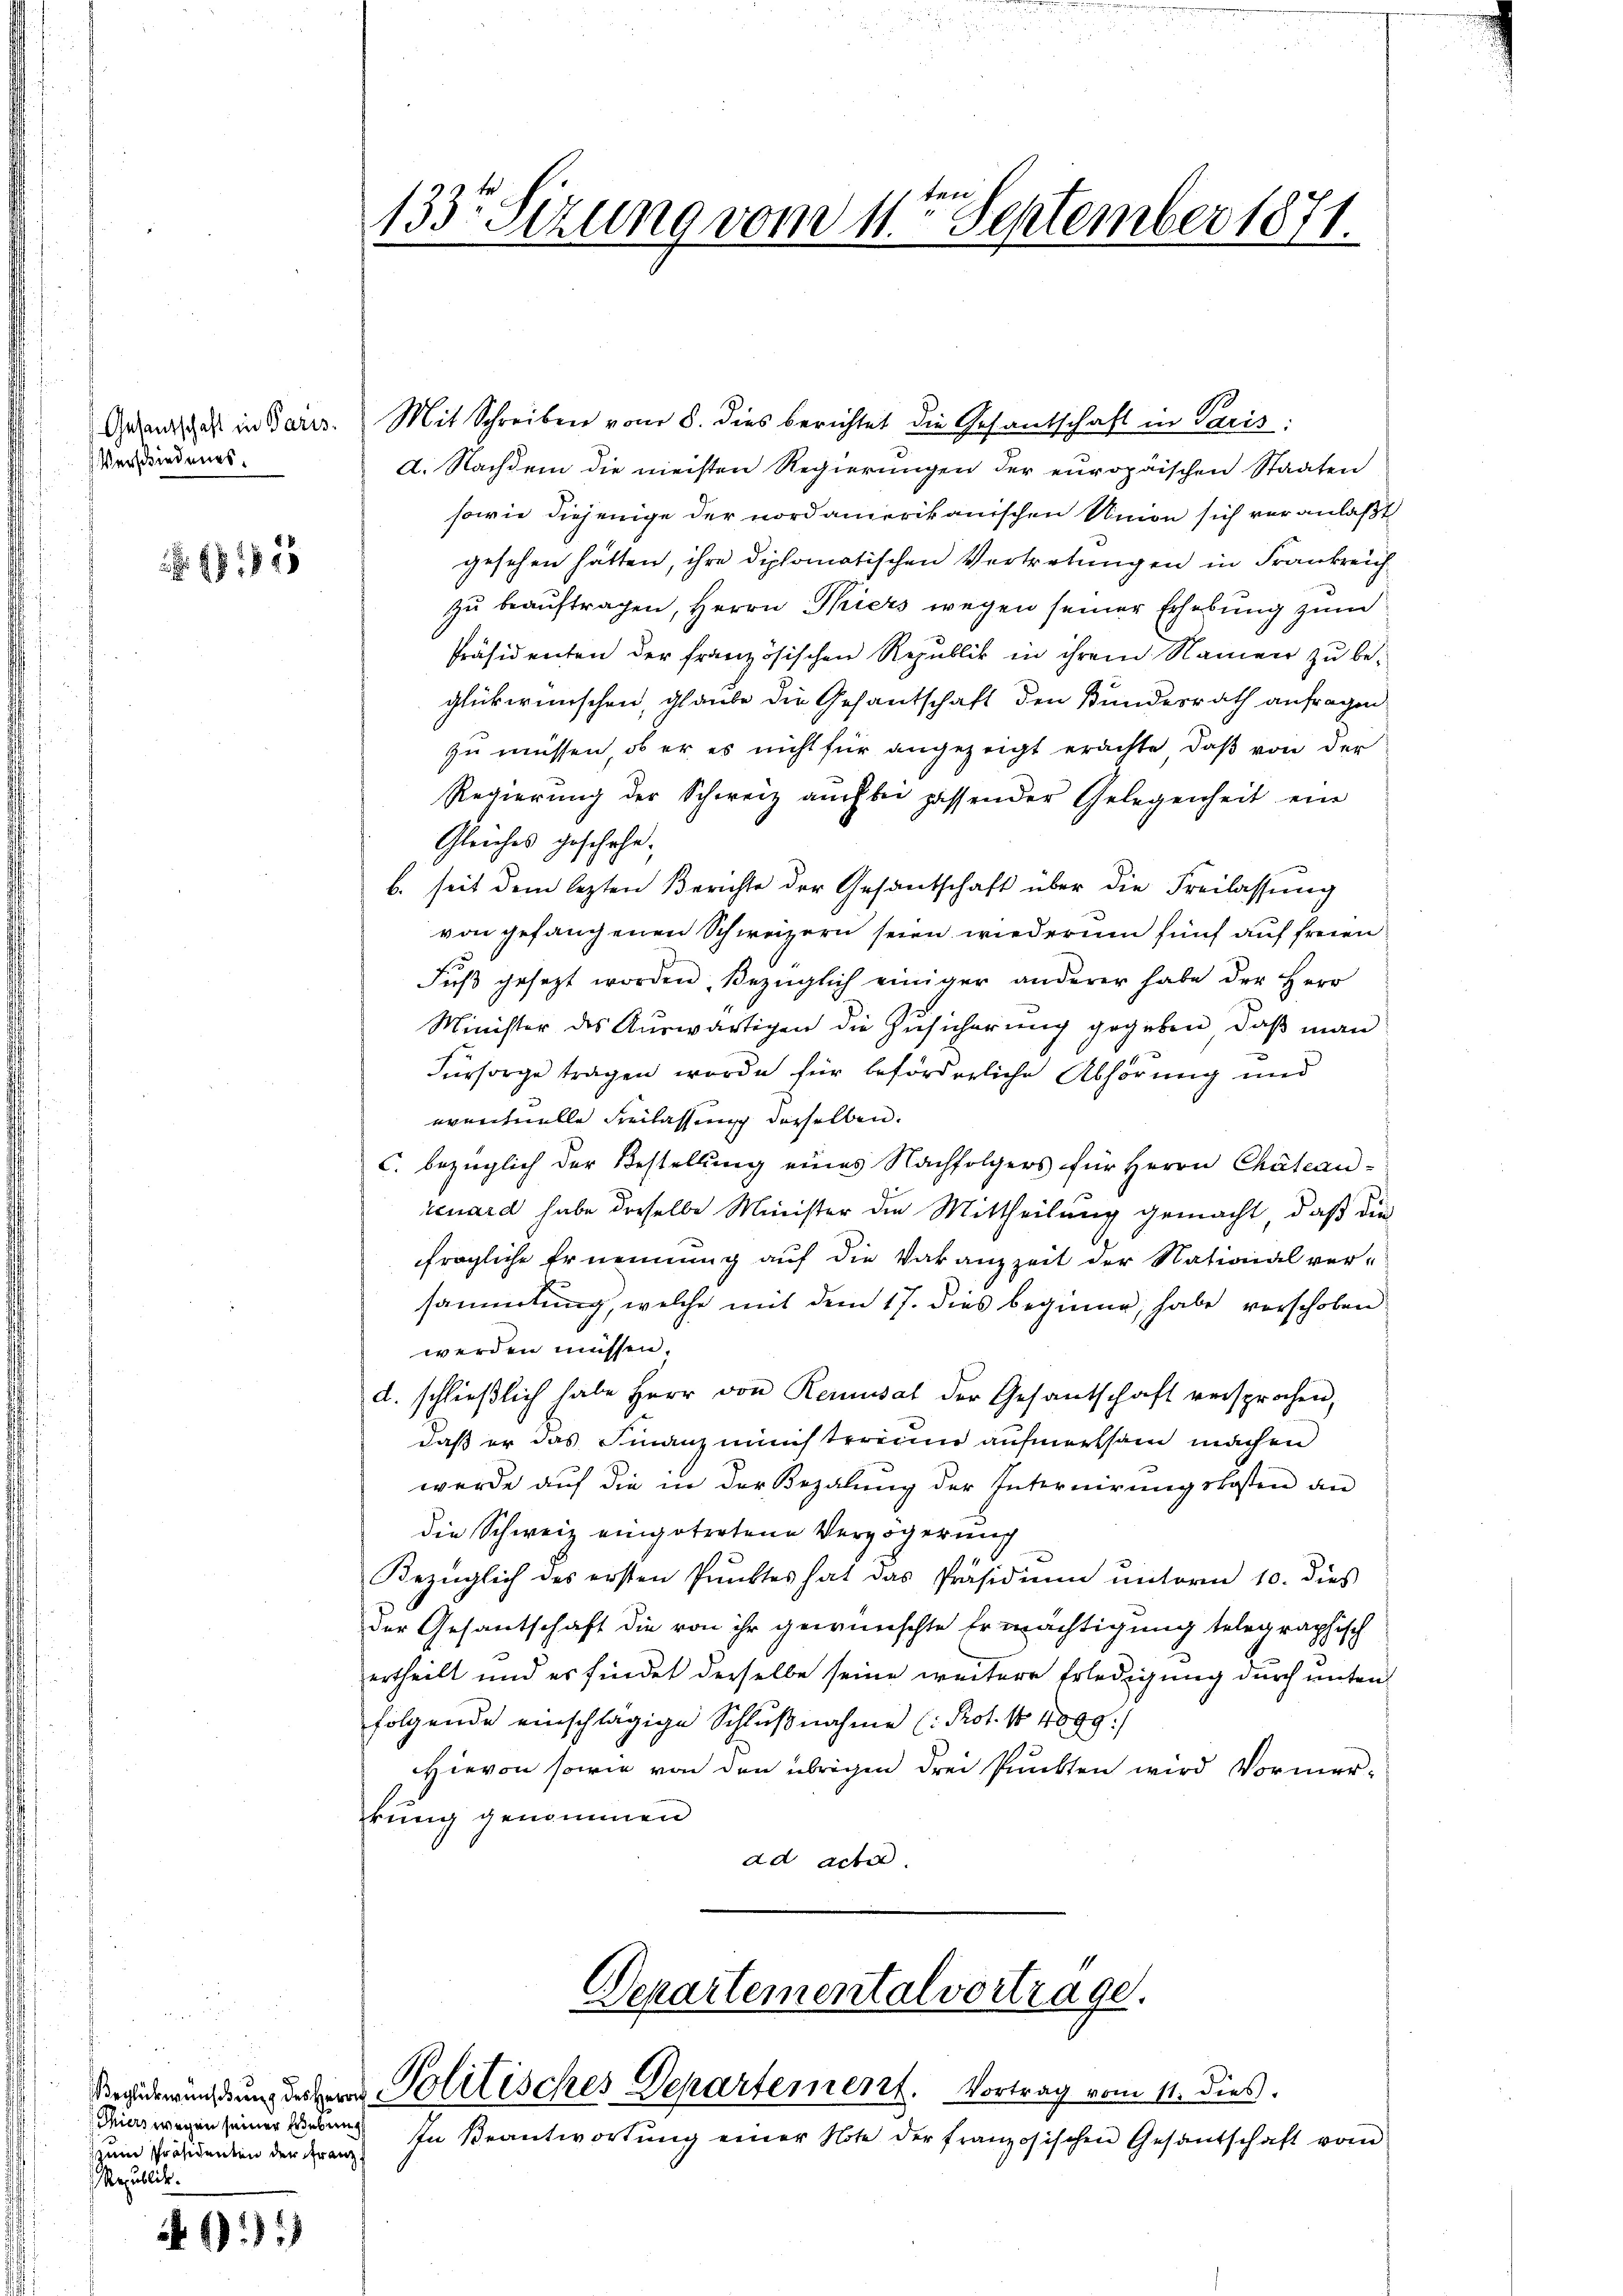
Gesandschaft in Paris.
Verschiedenes.

1825

Thiers wegen seiner Erhebung
um Präsidenten der Franz
Republick.

611)

133. Sizung vom 11ten September 1871.

Mit Schreiben vom 8. dies berichtet die Gesantschaft in Paris:
a. Nachdem die meisten Regierungen der europäischen Staaten
sowie diejenige der nordamerikanischen Union sich veranlaßt
gesehen hätten, ihre diplomatischen Vertretungen in Frankreich
zu beauftragen, Herrn Thiers wegen seiner Erhebung zum
Präsidenten der französischen Republik in ihrem Namen zu beglückwünschen, glaube die Gesantschaft den Bundesrath anfragen
zu müssen, ob er es nicht für angezeigt erachte, daß von der
Regierung der Schweiz auch bei passender Gelegenheit ein
Gleiches geschehe.
b. seit dem lezten Berichte der Gesantschaft über die Freilassung
von gefangenen Schweizern seien wiederum fünf auf freien
Fŭβ gesetzt worden, bezüglich einiger anderer habe der Herr
Minister des Auswärtigen die Zusicherung gegeben, daß man
Fürsorge tragen worde für beförderliche Abhörung und
eventuelle Freilassung derselben.
c. bezüglich der Bestellung eines Nachfolgers für Herrn Chätean-
cenard habe derselbe Minister die Mittheilung gemacht, daß die
fragliche Ernennung auf die Vakanzzeit der National ver-
sammlung, welche mit dem 17. dies beginne, habe verschoben
werden müssen.
d. schlieβlich habe Herr von Remusal der Gesantschaft versprochen,
daß er das Finanzministerinne aufmerksam machen
werde auf die in der Bezalung der Internirungskosten an
die Schweiz eingetretene Verzögerung
Bezüglich des ersten Pŭnktes hat das Präsidiŭm ŭnterm 10. dies
der Gesantschaft die von ihr gewünschte Ermächtigung telegraphisch
ertheilt und es findet derselbe seine weitere Erledigung durch unten
folgende einschlägige Schlŭβnahme (: Prot. No 4099:
Hievon sowie von den übrigen drei Punkten wird Vormerkung genommen
ad acter.

Departementalvortrage.
Beuerungsung daher Politisches Departement. Vortrag vom 11. dies

In Beantwortŭng einer Note der französischen Gesandschaft vom